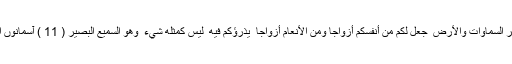
اور اسی کی طرف رجوع کرتا ہوںفَاطِرُ السَّمَاوَاتِ وَالْأَرْضِ ۚ جَعَلَ لَكُم مِّنْ أَنفُسِكُمْ أَزْوَاجًا وَمِنَ الْأَنْعَامِ أَزْوَاجًا ۖ يَذْرَؤُكُمْ فِيهِ ۚ لَيْسَ كَمِثْلِهِ شَيْءٌ ۖ وَهُوَ السَّمِيعُ الْبَصِيرُ ( 11 ) آسمانوں اور زمین کا پیدا کرنے والا (وہی ہے)۔